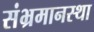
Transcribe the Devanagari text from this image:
संभ्रमानस्था